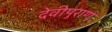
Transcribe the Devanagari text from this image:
देवीपुराण